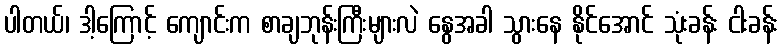
ပါတယ်၊ ဒါ့ကြောင့် ကျောင်းက စာချဘုန်းကြီးများလဲ နွေအခါ သွားနေ နိုင်အောင် သုံးခန်း ငါးခန်း